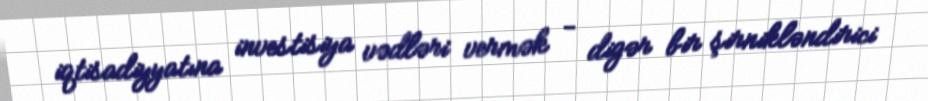
iqtisadiyyatına investisiya vədləri vermək - digər bir şirnikləndirici